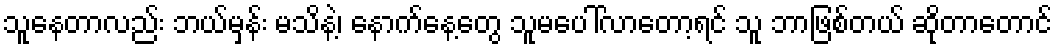
သူနေတာလည်း ဘယ်မှန်း မသိနဲ့၊ နောက်နေ့တွေ သူမပေါ်လာတော့ရင် သူ ဘာဖြစ်တယ် ဆိုတာတောင်